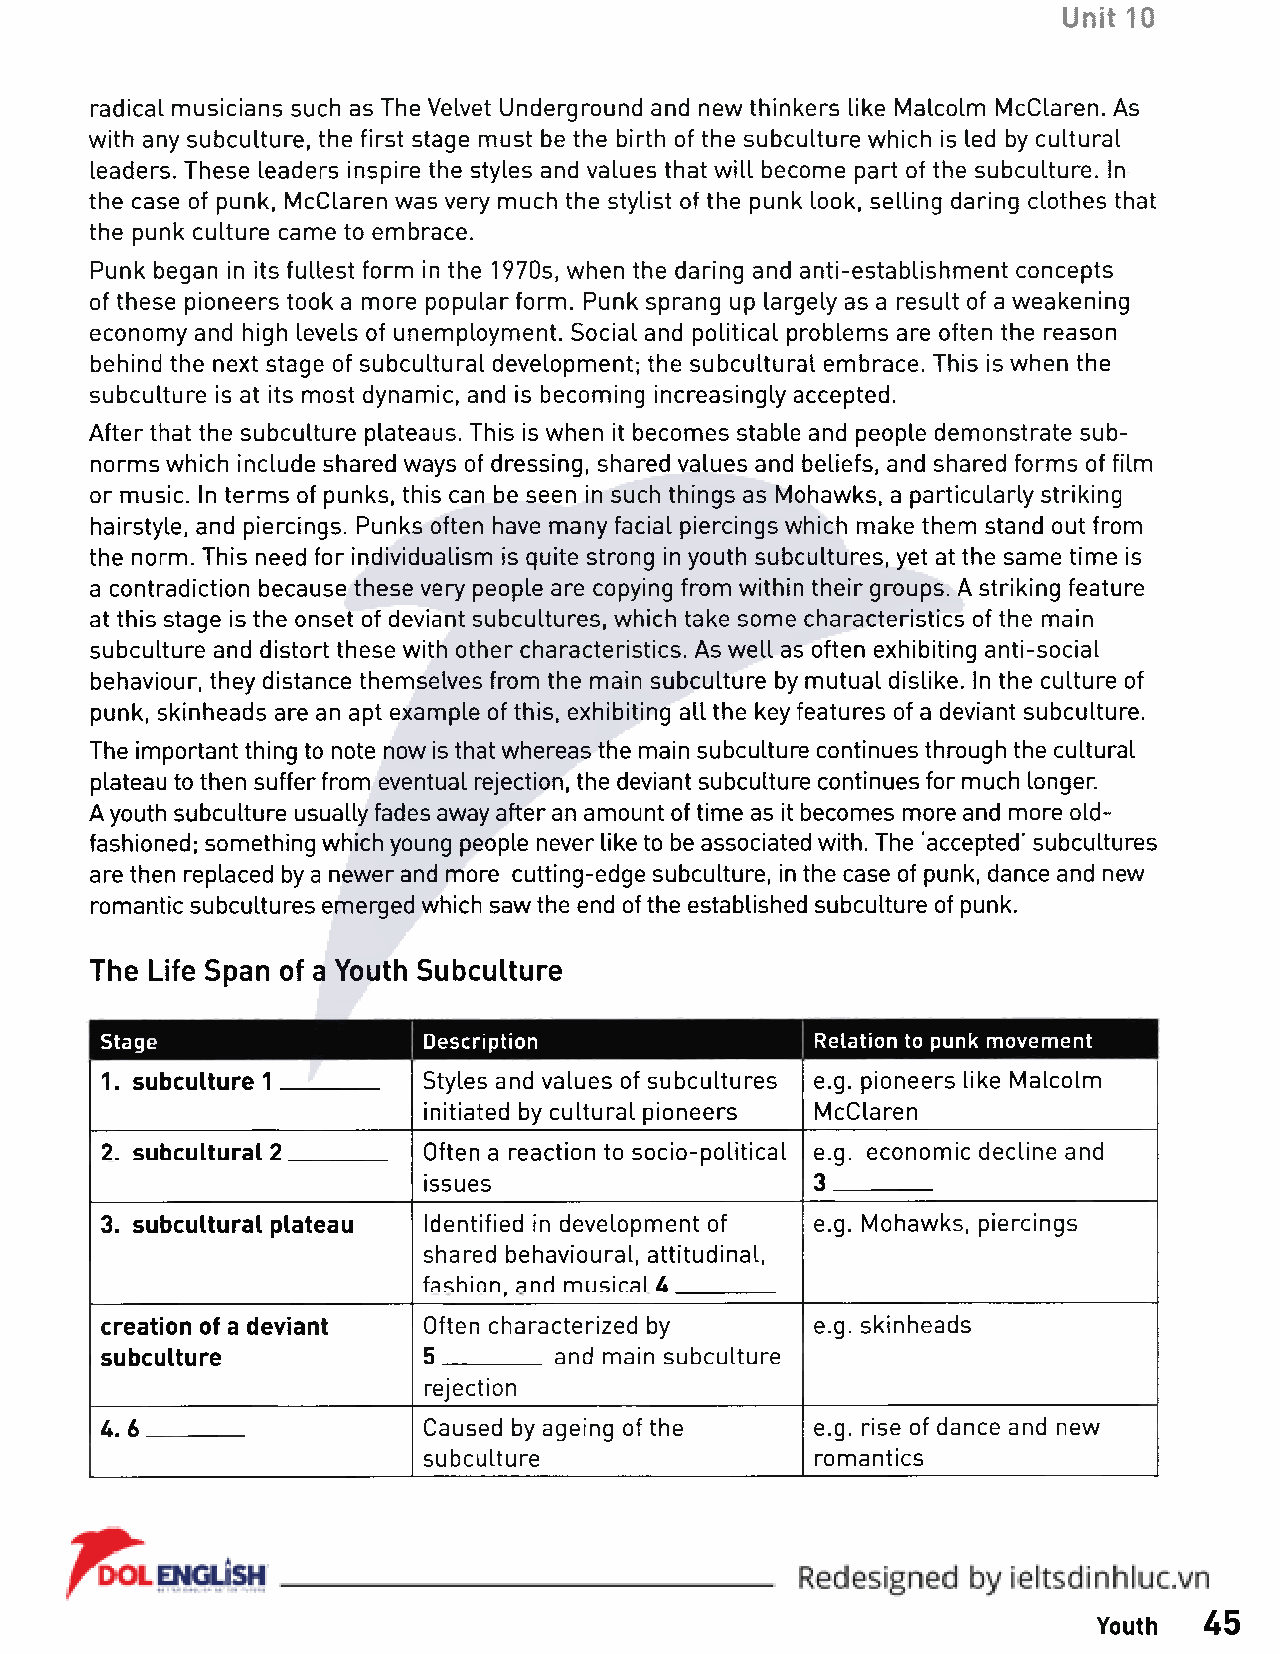
Unit 10
 radical musicians such as The Velvet Underground and new thinkers like Malcolm McClaren. As
 with any subculture, the first stage must be the birth of the subculture which is led by cultural
 leaders. These leaders inspire the styles and values that will become part of the subculture. In
 the case of punk, McClaren was very much the stylist of the punk look, selling daring clothes that
 the punk culture came to embrace.
 Punk began in its fullest form in the 1970s, when the daring and anti-establishment concepts
 of these pioneers took a more popular form. Punk sprang up largely as a result of a weakening
 economy and high levels of unemployment. Social and political problems are often the reason
 behind the next stage of subcultural development; the subcultural embrace. This is when the
 subculture is at its most dynamic, and is becoming increasingly accepted.
 After that the subculture plateaus. This is when it becomes stable and people demonstrate sub­
 norms which include shared ways of dressing, shared values and beliefs, and shared forms of film
 or music. In terms of punks, this can be seen in such things as Mohawks, a particularly striking
 hairstyle, and piercings. Punks often have many facial piercings which make them stand out from
 the norm. This need for individualism is quite strong in youth subcultures, yet at the same time is
 a contradiction because these very people are copying from within their groups. A striking feature
 at this stage is the onset of deviant subcultures, which take some characteristics of the main
 subculture and distort these with other characteristics. As well as often exhibiting anti-social
 behaviour, they distance themselves from the main subculture by mutual dislike. In the culture of
 punk, skinheads are an apt example of this, exhibiting all the key features of a deviant subculture.
 The important thing to note now is that whereas the main subculture continues through the cultural
 plateau to then suffer from eventual rejection, the deviant subculture continues for much longer.
 A youth subculture usually fades away after an amount of time as it becomes more and more old-
 fashioned; something which young people never like to be associated with. The 'accepted' subcultures
 are then replaced by a newer and more cutting-edge subculture, in the case of punk, dance and new
 romantic subcultures emerged which saw the end of the established subculture of punk.
 The Life Span of a Youth Subculture
 Stage                Description               Relation to punk movement
 1. subculture 1      Styles and values of subcultures e.g. pioneers like Malcolm
 initiated by cultural pioneers McClaren
 2. subcultural 2     Often a reaction to socio-political e.g. economic decline and
 issues                    3
 3. subcultural plateau Identified in development of e.g. Mohawks, piercings
 shared behavioural, attitudinal,
 fashion, and musical 4
 creation of a deviant Often characterized by   e.g. skinheads
 subculture           5        and main subculture
 rejection
 4.6                  Caused by ageing of the   e.g. rise of dance and new
 subculture                romantics
 Youth  45